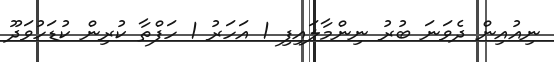
ނިއުއިން ދެވަނަ ބުރު ނިންމާލައިފި 1 އަހަރު 1 ހަފްތާ ކުރިން ކުޑަހުވަދޫ